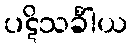
ပဋိသင်္ခါယ